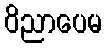
ဝိညာပေမ